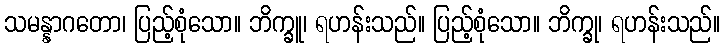
သမန္နာဂတော၊ ပြည့်စုံသော။ ဘိက္ခူ၊ ရဟန်းသည်။ ပြည့်စုံသော။ ဘိက္ခု၊ ရဟန်းသည်။